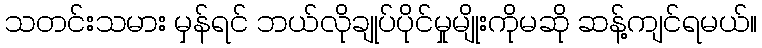
သတင်းသမား မှန်ရင် ဘယ်လိုချုပ်ပိုင်မှုမျိုးကိုမဆို ဆန့်ကျင်ရမယ်။